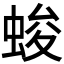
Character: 𮔖